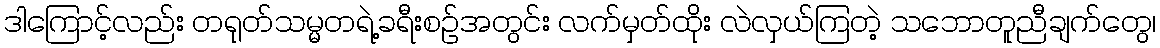
ဒါကြောင့်လည်း တရုတ်သမ္မတရဲ့ခရီးစဉ်အတွင်း လက်မှတ်ထိုး လဲလှယ်ကြတဲ့ သဘောတူညီချက်တွေ၊